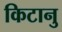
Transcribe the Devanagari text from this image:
किटानु